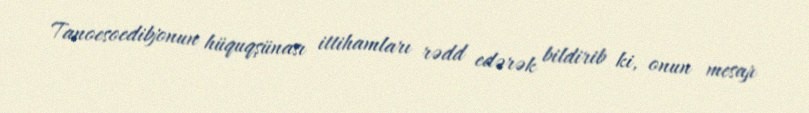
Tanoesoedibjonun hüquqşünası ittihamları rədd edərək bildirib ki, onun mesajı